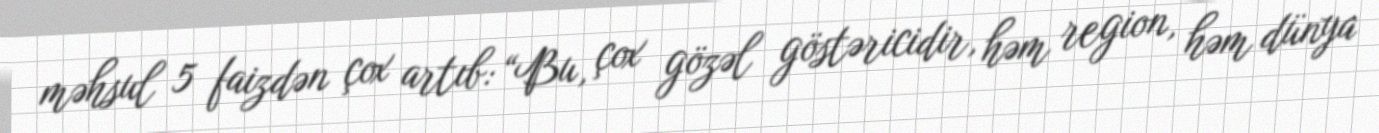
məhsul 5 faizdən çox artıb: “Bu, çox gözəl göstəricidir, həm region, həm dünya